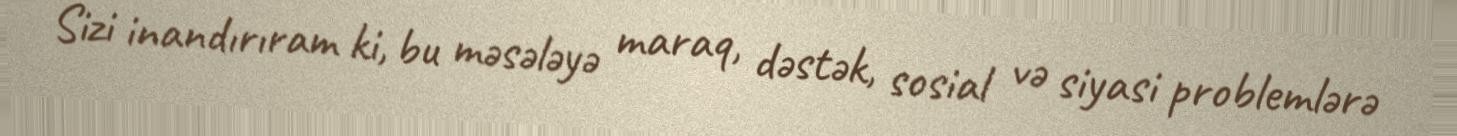
Sizi inandırıram ki, bu məsələyə maraq, dəstək, sosial və siyasi problemlərə